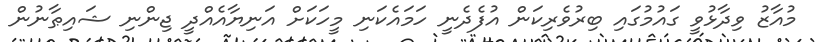
މުއާޒު ވިދާޅުވީ ގައުމުގައި ބިރުވެރިކަން އުފެދެނީ ހަމައެކަނި މީހަކަށް އަނިޔާއެއްދީ ޖިންނި ޝައިޠާނުން